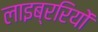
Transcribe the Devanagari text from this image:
लाइब्ररियों